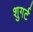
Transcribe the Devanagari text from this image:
शुगर्ट